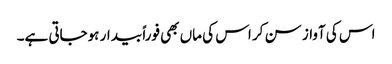
اس کی آواز سن کر اس کی ماں بھی فوراً بیدار ہوجاتی ہے۔